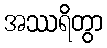
အဿရိတွာ